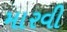
મારવી